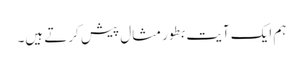
ہم ایک آیت بطور مثال پیش کرتے ہیں۔